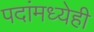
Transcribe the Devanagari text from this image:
पदांमध्येही